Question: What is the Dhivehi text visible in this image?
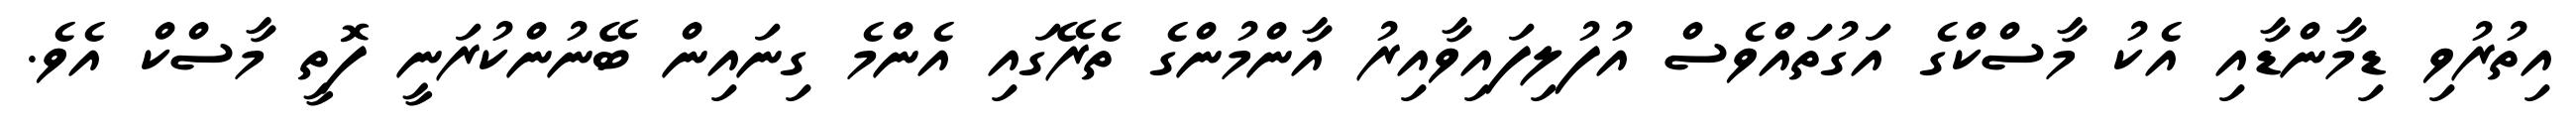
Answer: އިތުރުވި ޑިމާންޑާއި އެކު މާސްކްގެ އަގުތައްވެސް އުފުލިފައިވާއިރު އާންމުންގެ ތެރޭގައި އެންމެ ގިނައިން ބޭނުންކުރަނީ ފޮތީ މާސްކް އެވެ.